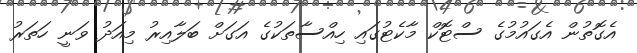
އެގޮތުން އެގައުމުގެ ސްޓޮކް މާކެޓުގައި ހިއްސާތަކުގެ އަގަށް ބަލާއިރު މިއަދު ވަނީ ހަތަރު